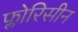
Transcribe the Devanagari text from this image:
फ्लोरिसीन